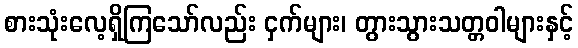
စားသုံးလေ့ရှိကြသော်လည်း ငှက်များ၊ တွားသွားသတ္တဝါများနှင့်